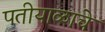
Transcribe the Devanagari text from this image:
पतीयाळाचे